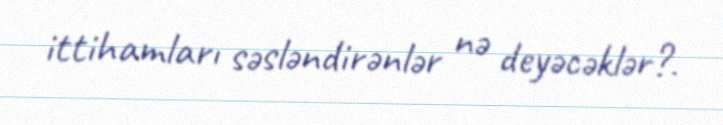
ittihamları səsləndirənlər nə deyəcəklər?.